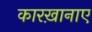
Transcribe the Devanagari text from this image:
कारख़ानाए